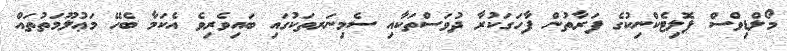
މޯލްޑިވްސް ޕޮލިޓެކްނިކުގެ ފަރާތުން ފާހަގަކުރާ ދުވަސްތަކާއި ސެމިނަރތަކުގައި ބައިވެރިވެ އެކަމާ ބެހޭ މަޢުލޫމަތުތައް